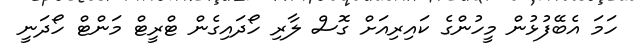
ހަމަ އެބޭފުޅުން މީހުންގެ ކައިރިއަށް ގޮސް ލާރި ހޯދައިގެން ޓްރީޓް މަންޓް ހޯދަނީ